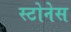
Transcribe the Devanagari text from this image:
स्टोनेस